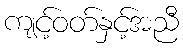
ကျင့်ဝတ်နှင့်အညီ